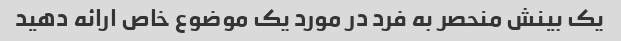
یک بینش منحصر به فرد در مورد یک موضوع خاص ارائه دهید